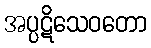
အပ္ပဋိသေဝတော